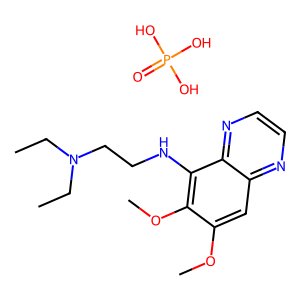
SMILES: CCN(CC)CCNc1c(OC)c(OC)cc2nccnc12.O=P(O)(O)O
Inhibits HIV replication: No